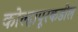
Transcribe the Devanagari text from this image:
कोल्हापूरकडील